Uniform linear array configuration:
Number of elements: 16
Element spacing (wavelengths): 1
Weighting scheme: blackman
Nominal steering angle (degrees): -30
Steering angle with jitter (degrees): -31.612
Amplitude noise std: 0.05
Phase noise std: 0.05

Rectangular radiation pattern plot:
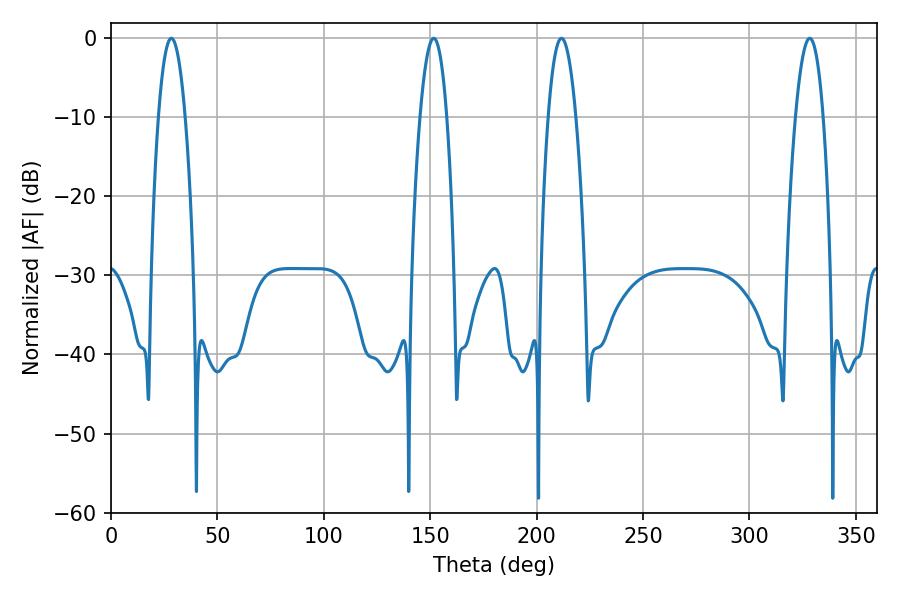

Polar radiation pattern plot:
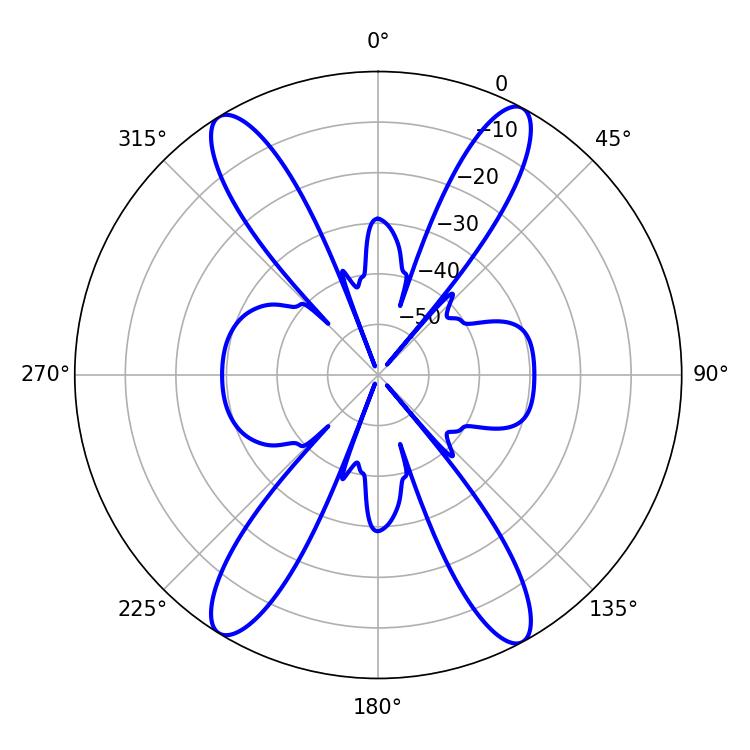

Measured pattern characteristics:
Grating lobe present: TRUE
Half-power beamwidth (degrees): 7.2
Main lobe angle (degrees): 211.68